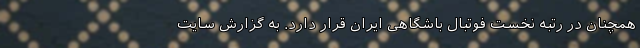
همچنان در رتبه نخست فوتبال باشگاهی ایران قرار دارد. به گزارش سایت